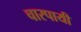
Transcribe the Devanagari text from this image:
चारपायी